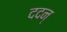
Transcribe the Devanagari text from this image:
ददन्